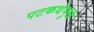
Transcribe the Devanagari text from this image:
पटकथेमुळे